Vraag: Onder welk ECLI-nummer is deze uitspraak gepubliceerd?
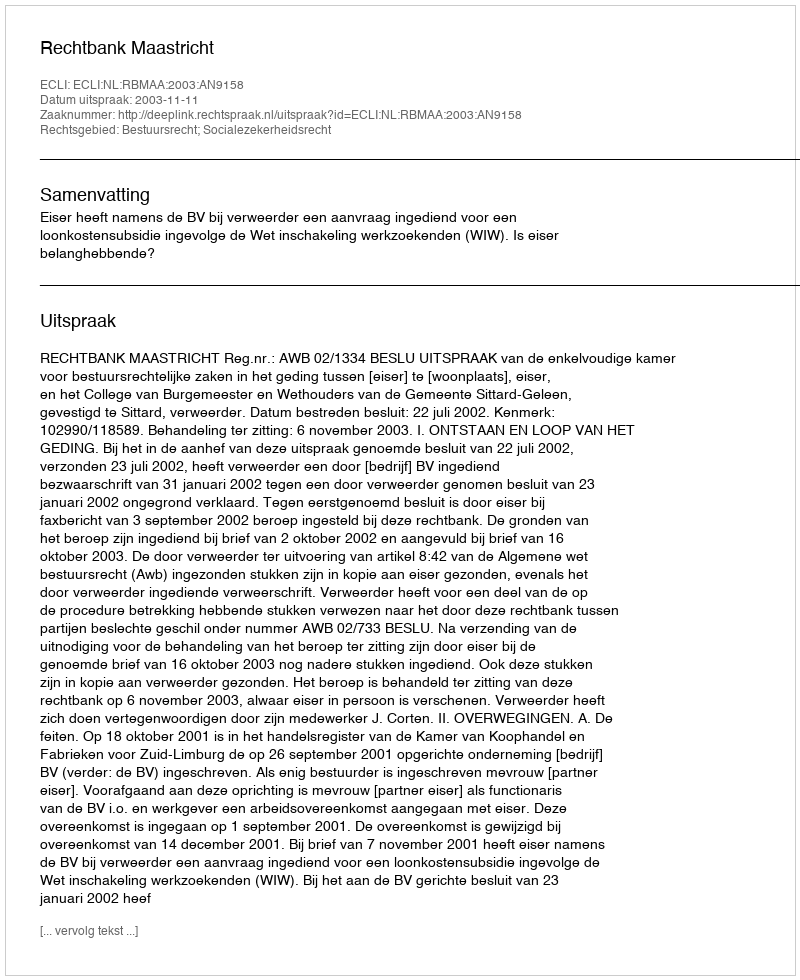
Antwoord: ECLI:NL:RBMAA:2003:AN9158